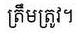
ត្រឹមត្រូវ។